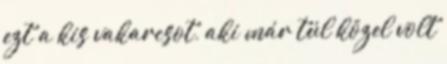
ezt a kis vakarcsot, aki már túl közel volt